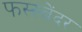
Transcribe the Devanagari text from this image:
फस्स्बेंदर